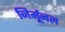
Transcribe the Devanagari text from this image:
निर्मूनल